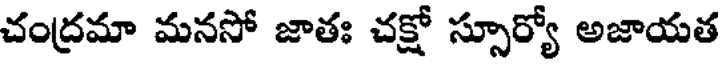
చంద్రమా మనసో జాతః చక్షో స్సూర్యో అజాయత